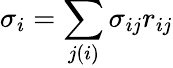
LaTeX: \sigma_{i}=\sum_{j(i)}\sigma_{ij}r_{ij}